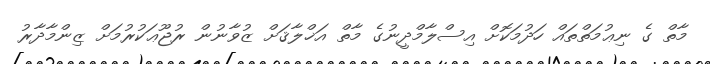
މާތް ގެ ނިޢުމަތްތައް ހަދުމަކޮށް އިސްލާމްދީނުގެ މާތް އަޚްލާޤަށް ޒުވާނުން ރުޖޫޢަކުރުމަށް ޒިންމާދާރު